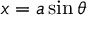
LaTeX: x = a \sin \theta